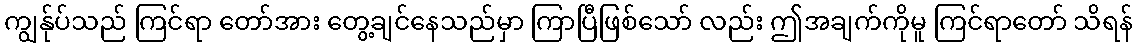
ကျွန်ုပ်သည် ကြင်ရာ တော်အား တွေ့ချင်နေသည်မှာ ကြာပြီဖြစ်သော် လည်း ဤအချက်ကိုမူ ကြင်ရာတော် သိရန်